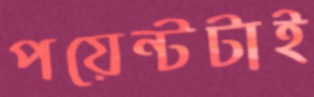
পয়েন্টটাই